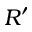
R ^ { \prime }